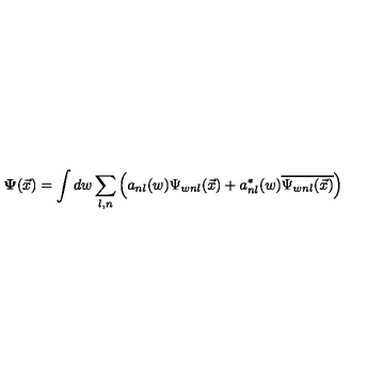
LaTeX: \mathbf { \Psi } ( \vec { x } ) = \int d w \sum _ { l , n } \left( a _ { n l } ( w ) \Psi _ { w n l } ( \vec { x } ) + a _ { n l } ^ { \ast } ( w ) \overline { { \Psi _ { w n l } ( \vec { x } ) } } \right)